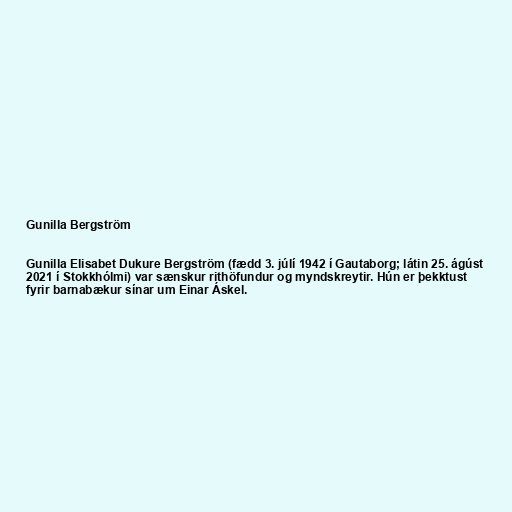
Gunilla Bergström

Gunilla Elisabet Dukure Bergström (fædd 3. júlí 1942 í Gautaborg; látin 25. ágúst
2021 í Stokkhólmi) var sænskur rithöfundur og myndskreytir. Hún er þekktust
fyrir barnabækur sínar um Einar Áskel.